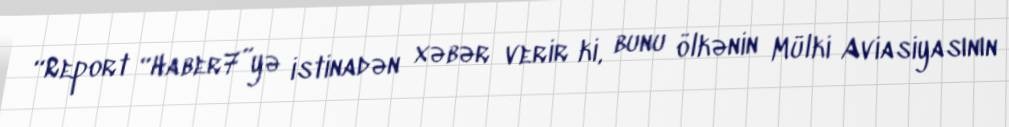
“Report “Haber7”yə istinadən xəbər verir ki, bunu ölkənin Mülki Aviasiyasının